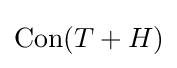
\operatorname {Con} (T+H)